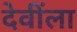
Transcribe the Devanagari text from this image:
देवींला